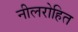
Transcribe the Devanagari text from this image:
नीलरोहित